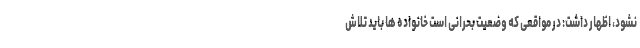
نشود،‌ اظهار داشت: در مواقعی که وضعیت بحرانی است خانواده ها باید تلاش